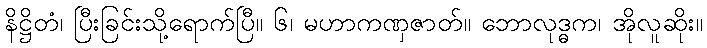
နိဋ္ဌိတံ၊ ပြီးခြင်းသို့ရောက်ပြီ။ ၆၊ မဟာကဏှဇာတ်။ ဘောလုဒ္ဓက၊ အိုလူဆိုး။